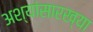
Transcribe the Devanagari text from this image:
अश्यांसारख्या